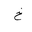
Letter: _kha